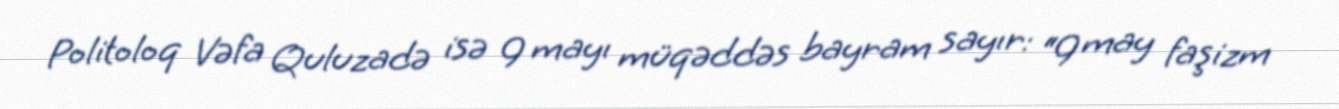
Politoloq Vəfa Quluzadə isə 9 mayı müqəddəs bayram sayır: “9 may faşizm